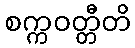
စက္ကဝတ္တီတိ